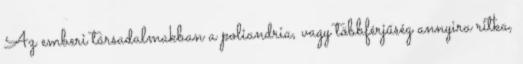
Az emberi társadalmakban a poliandria, vagy többférjűség annyira ritka,